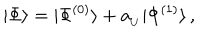
| \Phi \rangle = | \Phi ^ { ( 0 ) } \rangle + a _ { _ U } | \Phi ^ { ( 1 ) } \rangle \, ,